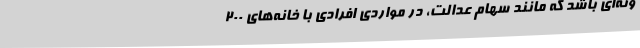
ونه‌ای باشد که مانند سهام عدالت، در مواردی افرادی با خانه‌های 200